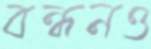
বন্ধনও